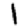
Digit: 1